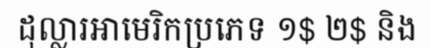
ដុល្លារអាមេរិកប្រភេទ ១$ ២$ និង